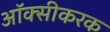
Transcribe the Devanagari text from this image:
ऑक्सीकरक